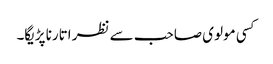
کسی مولوی صاحب سے نظر اتارنا پڑیگا۔